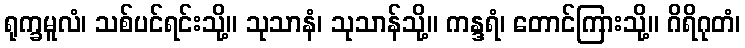
ရုက္ခမူလံ၊ သစ်ပင်ရင်းသို့။ သုသာနံ၊ သုသာန်သို့။ ကန္ဒရံ၊ တောင်ကြားသို့။ ဂိရိဂုတံ၊